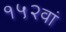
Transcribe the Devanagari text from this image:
१५२वां